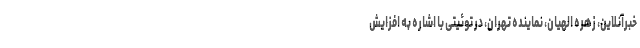
خبرآنلاین، زهره الهیان، نماینده تهران، در توئیتی با اشاره به افزایش